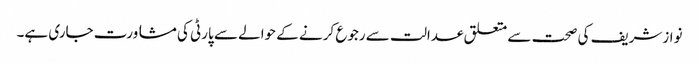
نوازشریف کی صحت سے متعلق عدالت سے رجوع کرنے کے حوالے سے پارٹی کی مشاورت جاری ہے۔